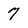
Character: 7